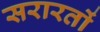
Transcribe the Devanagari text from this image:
सरारतों